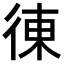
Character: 𢔅